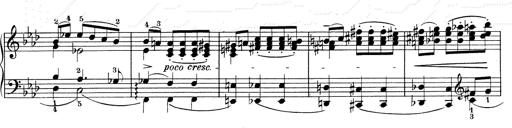
Title: Weinen, Klagen, Sorgen, Zagen
Composer: Franz Liszt